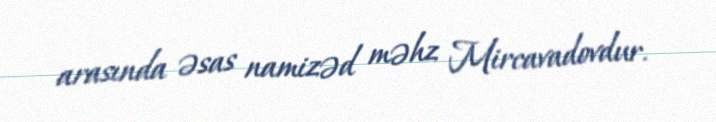
arasında əsas namizəd məhz Mircavadovdur.